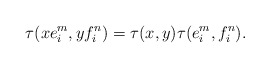
\begin{align*}\tau(xe_i^m,yf_i^n)=\tau(x,y)\tau(e_i^m,f_i^n).\end{align*}